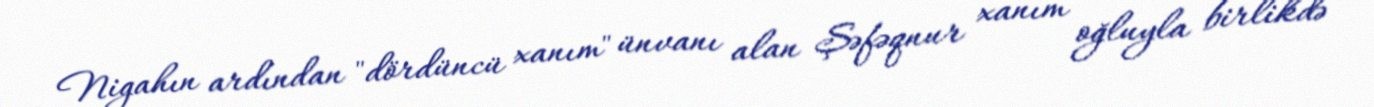
Nigahın ardından "dördüncü xanım" ünvanı alan Şəfəqnur xanım oğluyla birlikdə